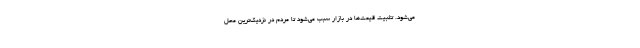
می‌شود. تثبیت قیمت‌ها در بازار سبب می‌شود تا مردم در نزدیک‌ترین محل